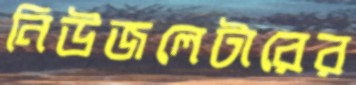
নিউজলেটারের